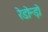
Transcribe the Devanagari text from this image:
रेडोन्ड़ो